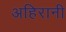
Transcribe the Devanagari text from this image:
अहिरानी